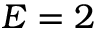
E = 2